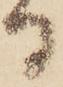
る